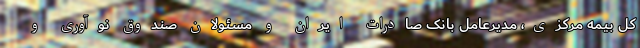
کل بیمه مرکزی، مدیرعامل بانک صادرات ایران و مسئولان صندوق نوآوری و